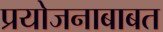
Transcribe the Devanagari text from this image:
प्रयोजनाबाबत